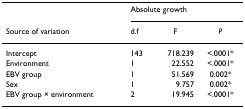
|  | <COLSPAN=3> Absolute growth |
 | Source of variation | d.f | F | P |
 | --- | --- | --- | --- |
 | Intercept | 143 | 718.239 | <.0001* |
 | Environment | 1 | 22.552 | <.0001* |
 | EBV group | 1 | 51.569 | 0.002* |
 | Sex | 1 | 9.757 | 0.002* |
 | EBV group × environment | 2 | 19.945 | <.0001* |